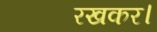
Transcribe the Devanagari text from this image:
रखकर।